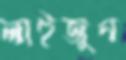
লাইজুন